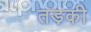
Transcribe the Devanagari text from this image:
तड़की